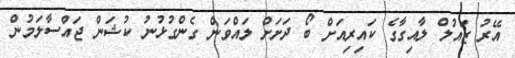
އޭރު ޒައުލް ލާއިގާގެ ކައިރިއަށް ބޯ ދަށަށް ލައްވަން ގެންގުޅުނު ކުޝަން ޖައްސާލަމުން